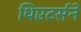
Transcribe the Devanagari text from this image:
थिएटर्सने